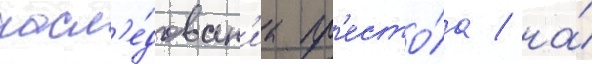
насл'е́дован'иа пр'есто́ла / на́